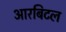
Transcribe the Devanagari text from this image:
आरबिटल